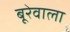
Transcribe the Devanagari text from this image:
बूरेवाला